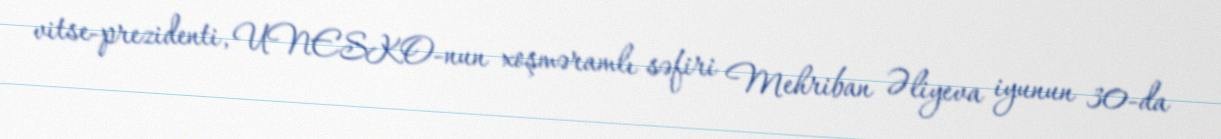
vitse-prezidenti, UNESKO-nun xoşməramlı səfiri Mehriban Əliyeva iyunun 30-da